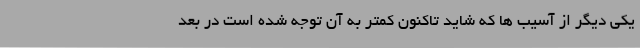
یکی دیگر از آسیب ها که شاید تاکنون کمتر به آن توجه شده است در بعد